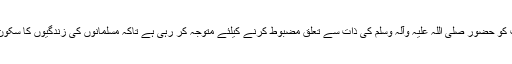
تحریک منہاج القرآن امت کو حضور صلی اللہ علیہ وآلہ وسلم کی ذات سے تعلق مضبوط کرنے کیلئے متوجہ کر رہی ہے تاکہ مسلمانوں کی زندگیوں کا سکون اور خوشیاں لوٹ سکیں۔